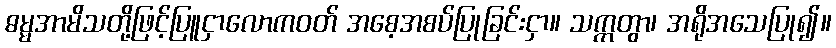
ဓမ္မအာမိသတို့ဖြင့်ပြူငှာလောကဝတ် အစေ့အစပ်ပြုခြင်းငှာ။ သက္ကတွာ၊ အရိုအသေပြု၍။